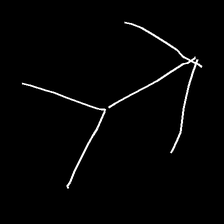
Glyph: gather